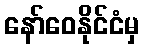
နော်ဝေနိုင်ငံမှ